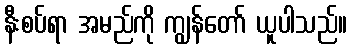
နီးစပ်ရာ အမည်ကို ကျွန်တော် ယူပါသည်။